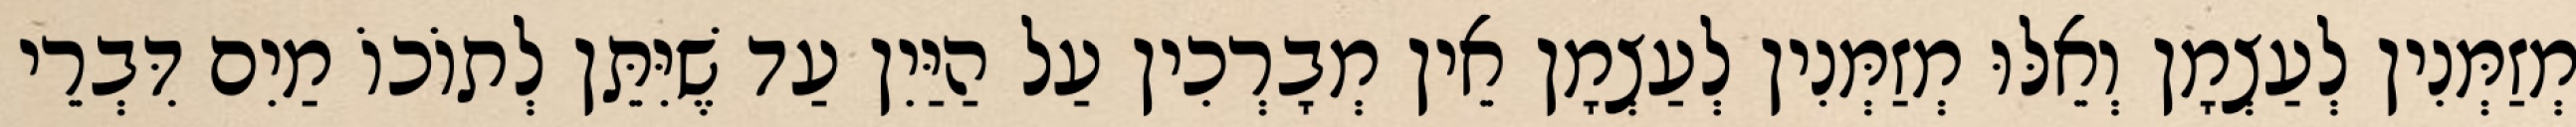
מְזַמְּנִין לְעַצְמָן וְאֵלּוּ מְזַמְּנִין לְעַצְמָן אֵין מְבָרְכִין עַל הַיַּיִן עַד שֶׁיִּתֵּן לְתוֹכוֹ מַיִם דִּבְרֵי